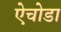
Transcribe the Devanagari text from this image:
ऐचोडा